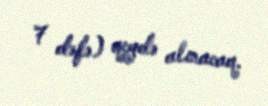
7 dəfə) qeydə alınacaq.